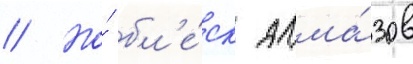
// Но́ бл'е́ск алма́зов